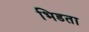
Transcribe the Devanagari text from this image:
भिडता